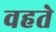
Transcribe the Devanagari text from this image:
वहते